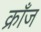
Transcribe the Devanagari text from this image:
क्राँज